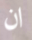
ان